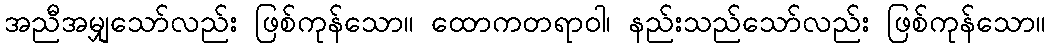
အညီအမျှသော်လည်း ဖြစ်ကုန်သော။ ထောကတရာဝါ၊ နည်းသည်သော်လည်း ဖြစ်ကုန်သော။